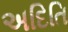
અદિતિ